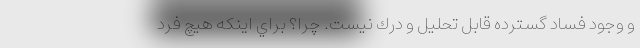
و وجود فساد گسترده قابل تحليل و درك نيست. چرا؟ براي اينكه هيچ فرد